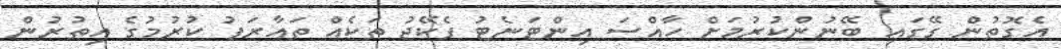
އެގޮތުން ގޭގައި ބޭނުންކުރުމަށް ހާއްސަ އިންޓަނެޓު ޕެކޭޖު ތަކެއް ތައާރަފު ކުރުމުގެ އިތުރުން